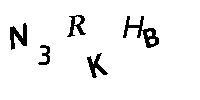
N3RKHB